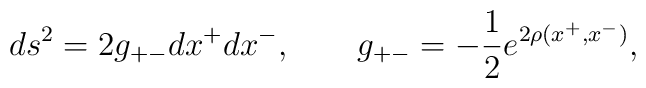
ds^2 = 2 g_{+-} dx^+ dx^-, ~~~~~~g_{+-} = -\frac{1}{2} e^{2\rho(x^+, x^-)},